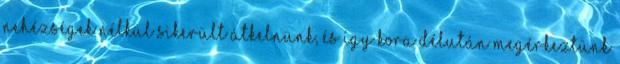
nehézségek nélkül sikerült átkelnünk, és így kora délután megérkeztünk